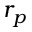
r _ { p }